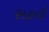
સહવી